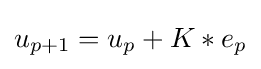
u_{p+1}=u_{p}+K*e_{p}